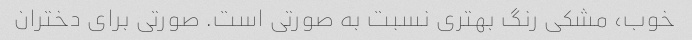
خوب، مشکی رنگ بهتری نسبت به صورتی است. صورتی برای دختران